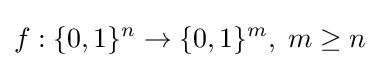
f:\{0,1\}^{n}\to \{0,1\}^{m},\;m\geq n